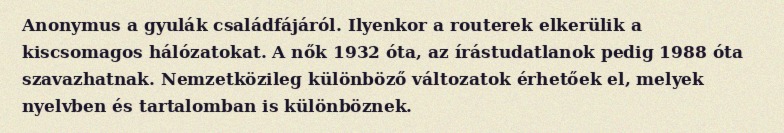
Anonymus a gyulák családfájáról. Ilyenkor a routerek elkerülik a kiscsomagos hálózatokat. A nők 1932 óta, az írástudatlanok pedig 1988 óta szavazhatnak. Nemzetközileg különböző változatok érhetőek el, melyek nyelvben és tartalomban is különböznek.